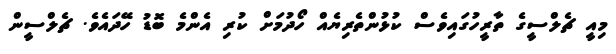
މިއީ ޗެލްސީގެ ތާރީހުގައިވެސް ކުޅުންތެރިޔެއް ހޯދުމަށް ކުރި އެންމެ ބޮޑު ހޭދައެވެ. ޗެލްސީން